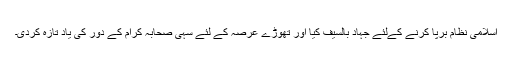
اسلامی نظام برپا کرنے کےلئے جہاد بالسیف کیا اور تھوڑے عرصہ کے لئے سہی صحابہ کرامؓ کے دور کی یاد تازہ کردی۔